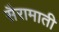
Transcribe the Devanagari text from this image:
सैरामाती